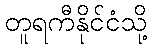
တူရကီနိုင်ငံသို့